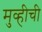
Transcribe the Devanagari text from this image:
मुव्हीची